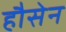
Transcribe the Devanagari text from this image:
हौसेन